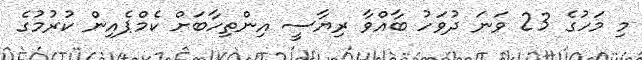
މި މަހުގެ 23 ވަނަ ދުވަހު ބާއްވާ ރިޔާސީ އިންތިހާބަށް ކެމްޕެއިން ކުރުމުގެ